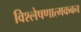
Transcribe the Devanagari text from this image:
विश्लेषणात्मकबन